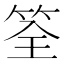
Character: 筌